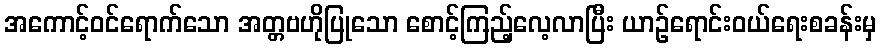
အကောင့်ဝင်ရောက်သော အတ္တဗဟိုပြုသော စောင့်ကြည့်လေ့လာပြီး ယာဉ်ရောင်းဝယ်ရေးစခန်းမှ